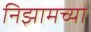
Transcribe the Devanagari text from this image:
निझामच्या